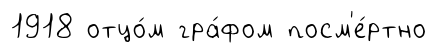
1918 отцо́м гра́фом посм'е́ртно